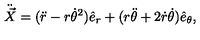
\ddot { \vec { X } } = ( \ddot { r } - r { \dot { \theta } } ^ { 2 } ) \hat { e } _ { r } + ( r \ddot { \theta } + 2 \dot { r } \dot { \theta } ) \hat { e } _ { \theta } ,